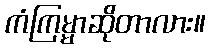
ကံကြမ္မာဆိုတာလား။